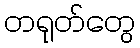
တရုတ်တွေ